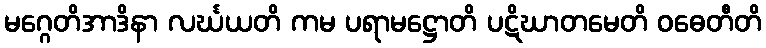
မဂ္ဂေတိအာဒိနာ လင်္ဃယတိ ကမ ပရာမဋ္ဌောတိ ပဋိဃာတမေတိ ဝဓေတီတိ